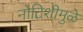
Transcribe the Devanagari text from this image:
नोटिशीमुळे